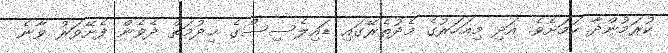
ކުރަމުންދާ ކަމަށެވެ. އަދި މިއަހަރުގެ މެދުތެރޭގައި ޑައިލެސިސްގެ ޚިދުމަތް ދެވެން ފެށޭވަރު ވާނެ